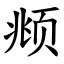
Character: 𫖯